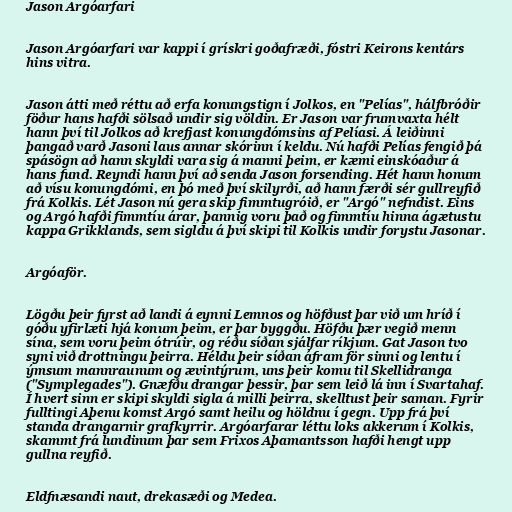
Jason Argóarfari

Jason Argóarfari var kappi í grískri goðafræði, fóstri Keirons kentárs
hins vitra.

Jason átti með réttu að erfa konungstign í Jolkos, en "Pelías", hálfbróðir
föður hans hafði sölsað undir sig völdin. Er Jason var frumvaxta hélt
hann því til Jolkos að krefjast konungdómsins af Pelíasi. Á leiðinni
þangað varð Jasoni laus annar skórinn í keldu. Nú hafði Pelías fengið þá
spásögn að hann skyldi vara sig á manni þeim, er kæmi einskóaður á
hans fund. Reyndi hann því að senda Jason forsending. Hét hann honum
að vísu konungdómi, en þó með því skilyrði, að hann færði sér gullreyfið
frá Kolkis. Lét Jason nú gera skip fimmtugróið, er "Argó" nefndist. Eins
og Argó hafði fimmtíu árar, þannig voru það og fimmtíu hinna ágætustu
kappa Grikklands, sem sigldu á því skipi til Kolkis undir forystu Jasonar.

Argóaför.

Lögðu þeir fyrst að landi á eynni Lemnos og höfðust þar við um hríð í
góðu yfirlæti hjá konum þeim, er þar byggðu. Höfðu þær vegið menn
sína, sem voru þeim ótrúir, og réðu síðan sjálfar ríkjum. Gat Jason tvo
syni við drottningu þeirra. Héldu þeir síðan áfram för sinni og lentu í
ýmsum mannraunum og ævintýrum, uns þeir komu til Skellidranga
("Symplegades"). Gnæfðu drangar þessir, þar sem leið lá inn í Svartahaf.
Í hvert sinn er skipi skyldi sigla á milli þeirra, skelltust þeir saman. Fyrir
fulltingi Aþenu komst Argó samt heilu og höldnu í gegn. Upp frá því
standa drangarnir grafkyrrir. Argóarfarar léttu loks akkerum í Kolkis,
skammt frá lundinum þar sem Frixos Aþamantsson hafði hengt upp
gullna reyfið.

Eldfnæsandi naut, drekasæði og Medea.